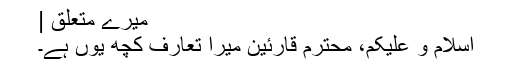
میرے متعلق |
اسلام و علیکم، محترم قارئین میرا تعارف کچھ یوں ہے۔